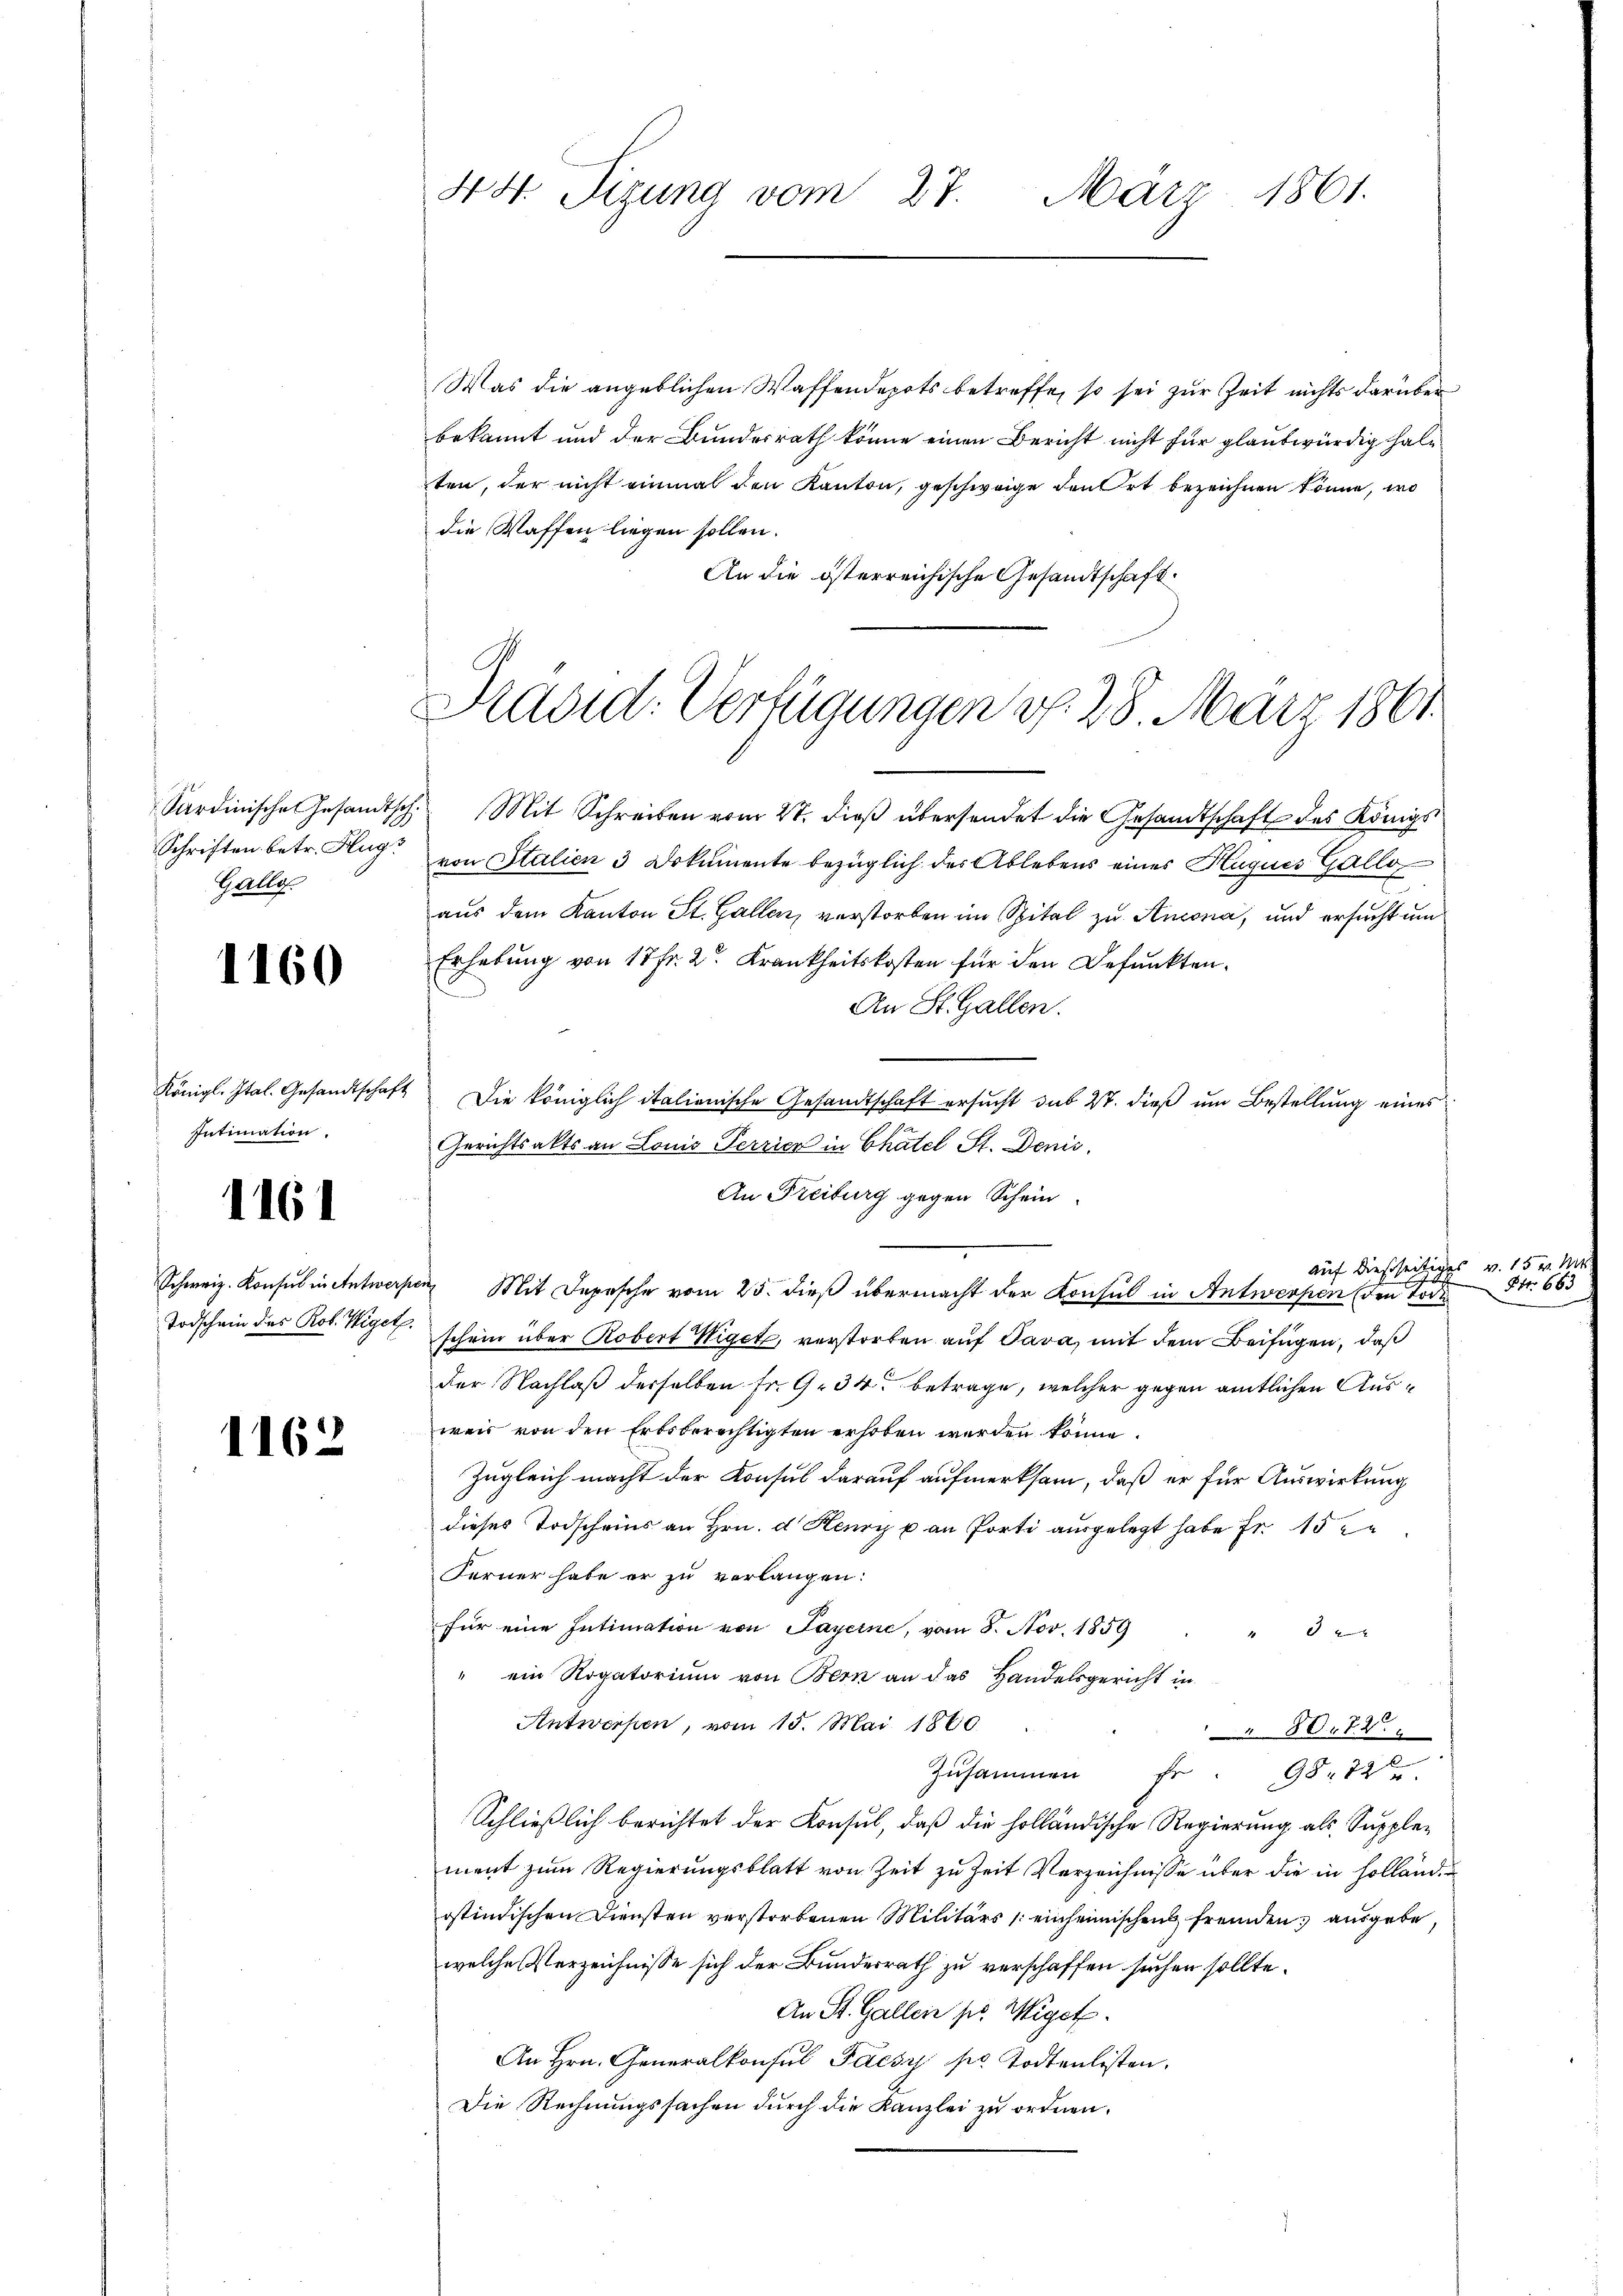
Schriften betr. Flug
Gallo

1160

Königl. Ital. Gesandtschaf
Intimation.

1161

Schweiz. Konsul in Antwerf
Todschein des Rob. Wiget

1162

Was die angeblichen Waffendepots betreffe, so sei zur Zeit nichts darüber
bekannt und der Bundesrath könne einen Bericht nicht für glaubwürdig halten, der nicht einmal den Kanton, geschweige den Ort bezeichnen könne, wo
die Waffen liegen sollen.
An die österreichische Gesandtschaft.

44. Tigung vom 27. März 1861.

Präsid. Verfügungen d. 28. März 1861

Sardinische Gesandtsch. Mit Schreiben vom 27. dieß übersendet die Gesandtschaft des Königs
von Italien 3 Dokumente bezüglich des Ablebens eines Huques Gallo
aus dem Kanton St. Gallenz verstorben im Spital zu Ancona, und ersucht um
Erhebung von 17 Fr. 2. Krankheitskosten für den Befunkten.
An St. Gallen.
Die königlich italienische Gesandtschaft ersucht sub 27. dieß um Bestellung eines
Gerichtsakts an Louis Perrich in Chatel St. Denić,
An Freiburg gegen Schein
ven Mit Depesche vom 25. dieß übermacht der Konsul in Antwerfen den Todes
schein über Robert Wiget, verstorben auf Java, mit dem Beifügen, daß
der Nachlaß derselben Fr. 9. 34. betrage, welcher gegen amtlichen Ausweis von den Erbsberechtigten erhoben werden könne.
Zugleich macht der Konsul darauf aufmerksam, daß er für Auswirkung
dieses Todscheins an Hrn. d. Henry u. an Porti ausgelegt habe Fr. 152
Ferner habe er zu verlangen:
für eine Intimation von Payerne, vom 8. Nov. 1859
 0 x
" ein Rogatorium von Bern an das Handelsgericht in
Antwerfen, vom 15. Mai 1860
80.12.
Zusammen fr. 98. 72
Schließlich berichtet der Konsul, daß die holländische Regierung als Supplement zum Regierungsblatt von Zeit zu Zeit Verzeichnisse über die in Holland.
ostindischen Diensten verstorbenen Militärs einheimischen fremden, ausgebe,
welche Verzeichnisse sich der Bundesrath zu verschaffen suchen sollte.
An St. Gallen pr. Wiget.
An Hrn. Generalkonsul Faesz pr. Todtenlisten.
Die Rechnungssachen durch die Kanzlei zu ordnen.

auf dießseitiges v. 15 v. 1

Prt. 66.